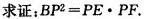
求证：$$B P ^ { 2 } = P E \bullet P F$$ .